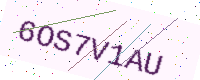
Text: 6OS7V1AU